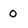
Character: 0